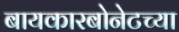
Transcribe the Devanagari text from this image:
बायकारबोनेटच्या